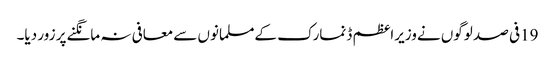
19فی صد لوگوں نےوزیراعظم ڈنمارک کےمسلمانوں سےمعافی نہ مانگنےپر زور دیا۔